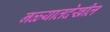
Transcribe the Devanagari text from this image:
नळ्यातदेखील